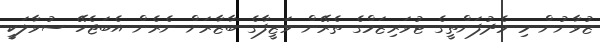
ޒުވާނުން މި މެދުފަންތީގެ ޓުވަރިޒަމްގެ ތެރޭން ވަޒީފާގެ ބާޒާރަށް ނެރެން އެބަޖެހޭ ސުވާލަކީ